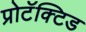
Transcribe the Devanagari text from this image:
प्रोटॅक्टिड